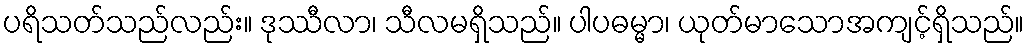
ပရိသတ်သည်လည်း။ ဒုဿီလာ၊ သီလမရှိသည်။ ပါပဓမ္မာ၊ ယုတ်မာသောအကျင့်ရှိသည်။